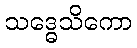
သဒ္ဓေသိကော